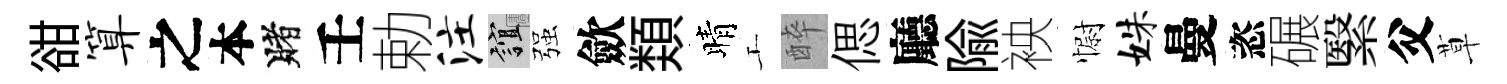
𧮳算之本賭壬勅注誼强歛𩔖晴工醉偲廳隃䘧𢠢姝曼恣碾繄父草